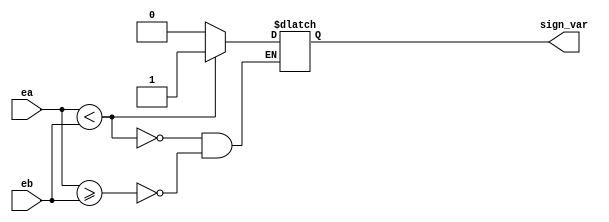
// Module to compare exponent values of inputs
module CMP_EXP(ea, eb, sign_var);
    input[10:0] ea, eb;
    output reg sign_var;

    always @(*) begin
        if (ea>=eb) begin
            sign_var = 0;
        end
        if (ea<eb) begin
            sign_var = 1;
        end
    end
endmodule


// Module to swap inputs if necessary
module SWAP_M (ma, mb, sa, sb, ea, eb, sign_var, outa, outb, sa_out, sb_out, ea_out, eb_out);
    input[52:0] ma, mb;
    input sign_var;
    input sa, sb;
    input[10:0] ea, eb;

    output reg[52:0] outa, outb;
    output reg sa_out, sb_out;
    output reg[10:0] ea_out, eb_out;

    always @(*) begin
        if (sign_var==1) begin
            outa = mb;
            outb = ma;
            sa_out = sb;
            sb_out = sa;
            ea_out = eb;
            eb_out = ea;
        end

        if (sign_var==0) begin
            if(ma>=mb) begin
                outa = ma;
                outb = mb;
                sa_out = sa;
                sb_out = sb;
                ea_out = ea;
                eb_out = eb;
            end

            if(ma < mb) begin
                outa = mb;
                outb = ma;
                sa_out = sb;
                sb_out = sa;
                ea_out = eb;
                eb_out = ea;
            end
        end
    end
endmodule


// Module to find difference of exponents
module DIFF_EXP (ea, eb, out);
    input[10:0] ea, eb;
    output reg[10:0] out;

    always @(*) begin
        if (ea>=eb) begin
            out = ea-eb;
        end
        if (ea<eb) begin
            out = eb-ea;
        end
    end
endmodule

// Module to shift smaller value
module RHT_SFT (mb, len, out);
    input[52:0] mb;
    input[10:0] len;
    output[52:0] out;

    assign out = mb >> len;
endmodule

// Module to add mantissas
module SUM_MANT (sa, sb, ma, mb, out, carry);
    input sa, sb;
    input[52:0] ma, mb;

    output reg carry;
    reg[53:0] sum;
    output reg[52:0] out;

    always @(*) begin
        if(sa==sb) begin
            sum = {1'b0,ma}+{1'b0,mb};
            // sum = 54'b011000000000000000000000000000000000000000000000000000 + 54'b001100000000000000000000000000000000000000000000000000;
        end

        if(sa==1 & sb==0) begin
            sum = {1'b0,ma}-{1'b0,mb};
            // sum = 54'b011000000000000000000000000000000000000000000000000000 - 54'b001100000000000000000000000000000000000000000000000000;
        end

        if(sa==0 & sb==1) begin
            // sum = {1'b0,ma}-{1'b0,mb};
        end

        carry = sum[53];
        out = sum[52:0];
    end

endmodule

// Module to normalize the result
module NORM_RES (sum, carry, er, sr, mr, er_new);
    input[52:0] sum;
    input carry, sr;
    input[10:0] er;
    output reg[51:0] mr;
    output reg[10:0] er_new;

    reg[52:0] tmp;

    always @(*) begin
        if(carry==1) begin
            tmp = sum >> 1;
            tmp[52] = carry;
            er_new = er + 1;

            mr = tmp[51:0];
        end
        else begin
            if(sum[52]==1) begin
                mr = sum[51:0];
                er_new = er;
            end
            else begin
                tmp = sum;
                er_new = er;
                while(tmp[52]!=1'b1) begin
                    tmp = tmp << 1;
                    er_new = er_new - 1;
                end

                mr = tmp[51:0];
            end
        end
    end
endmodule


// Main module
module FP_ADDER(a, b, out, out1, out2, out3, out4, out5, out6, out7);
// module FP_ADDER(a, b, out);
    input[63:0] a, b;
    // output[63:0] out;

    output[52:0] out, out1, out4;
    output out2, out3, out5;
    output[10:0] out6;
    output[51:0] out7;
    wire sign_var, max;

    wire[63:0] new_a, new_b;        // Variable for new inputs that r used after swapping small one to b
    wire sa, sb;                    // Variables for storing signs of original inputs
    wire[10:0] ea, eb;              // Variables for storing expo of original inputs
    wire[52:0] ma, mb;              // Variables for storing mantissa of original inputs

    // Declaring output indvivdual variables
    wire sr;
    wire[10:0] er;
    wire[51:0] mr;
    wire[52:0] sum_mantissa;
    wire carry;
    wire[10:0] er_new;

    wire[10:0] diff_exp;            // Variable to store difference of exponents


    wire[52:0] ma_new, mb_new, mb_sft;
    wire sa_new, sb_new;
    wire[10:0] ea_new, eb_new;

    // Assigning the components to inputs to individual variables. Added one before mantissa that is 1 before decimal
    assign sa = a[63];
    assign ea = a[62: 52];
    assign ma = {1'b1,a[51:0]};
    assign sb = b[63];
    assign eb = b[62: 52];
    assign mb = {1'b1,b[51:0]};



    // Finding the max value among inputs
    CMP_EXP cmp_exp1(ea, eb, sign_var);

    // Swapping the inputs(if necessary) such that min is in b
    SWAP_M swap_m1(ma, mb, sa, sb, ea, eb, sign_var, ma_new, mb_new, sa_new, sb_new, ea_new, eb_new);

    // Finding difference of exponents
    DIFF_EXP diff_exp1(ea, eb, diff_exp);

    // Shifting the smaller mantissa based on difference of exponents
    RHT_SFT rht_sft1(mb_new, diff_exp, mb_sft);

    // Assigning sign and exponent to results
    assign er = ea_new;
    assign sr = sa_new;


    // Adding the two mantissa
    SUM_MANT sum_mant1(sa_new, sb_new, ma_new, mb_sft, sum_mantissa, carry);
    // Here sum_mantissa contains 53 bits including the explicit 1 before the decimal

    // Normalizing the result
    NORM_RES norm_res1(sum_mantissa, carry, er, sr, mr, er_new);


    // assign out = {sr, er_new, mr};

    assign out  = ma_new;
    assign out1 = mb_sft;
    assign out2 = sa_new;
    assign out3 = sb_new;
    assign out4 = sum_mantissa;
    assign out5 = sr;
    assign out6 = er_new;
    assign out7 = mr;
endmodule









// Test bench
module FP_ADDER_TB;
    reg[63:0] a, b;

    wire[52:0] res, res1, res4;
    wire res2, res3, res5;
    wire[10:0] res6;
    wire[51:0] res7;

    // wire[63:0] out;

    FP_ADDER fp_adder1(a, b, res, res1, res2, res3, res4, res5, res6, res7);
    // FP_ADDER fp_adder1(a, b, out);

    initial begin
        // a=1; b=1.0000000000000002
        #0 a=64'b0011111111110000000000000000000000000000000000000000000000000000; b=64'b0011111111110000000000000000000000000000000000000000000000000001;
        
        // a=-3; b=1
        #10 a=64'b1100000000001000000000000000000000000000000000000000000000000000; b=64'b0011111111110000000000000000000000000000000000000000000000000000;
    end

    initial begin
        // $monitor(" a=%b b=%b sum=%b", a, b, out);
        $monitor("%d: a=%b b=%b ma=%b mb=%b sa=%b sb=%b sum=%b sign=%b exp=%b man=%b", $time, a, b, res, res1, res2, res3, res4, res5, res6, res7);
    end
    
endmodule